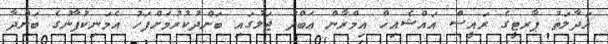
އަދާލަތު ޕާރޓީގެ ރައީސް އައްޝެއިޚް އިމްރާން ޢަބްދު ޖަލުގައި ބަންދުކުރުމަށްފަހު އެމަނިކުފާނުގެ ބަންދާ